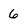
Character: 6